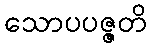
သောပပဇ္ဇတိ